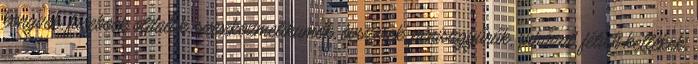
könyvek, facebook oldalak, szexkozmetikumok, óvszerek, péniszgyűrűk, ruházat, fétish kellékek,